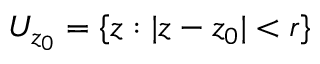
U _ { z _ { 0 } } = \{ z : | z - z _ { 0 } | < r \}